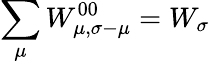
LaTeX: \sum_{\mu}W_{\mu,\sigma-\mu}^{00}=W_{\sigma}